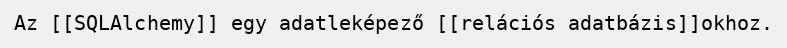
Az [[SQLAlchemy]] egy adatleképező [[relációs adatbázis]]okhoz.